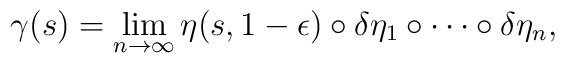
\gamma(s) = \lim_{n\rightarrow\infty} \eta(s,1-\epsilon)\circ \delta\eta_1 \circ \cdots \circ \delta \eta_n,